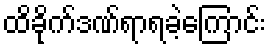
ထိခိုက်ဒဏ်ရာရခဲ့ကြောင်း